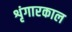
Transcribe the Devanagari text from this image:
शृंगारकाल